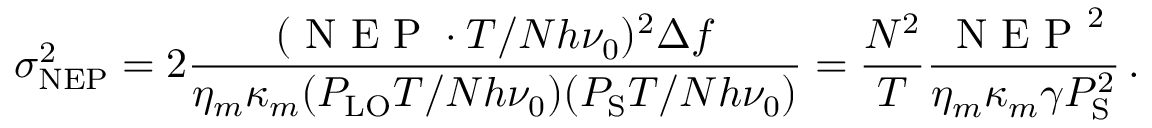
\sigma _ { \mathrm { N E P } } ^ { 2 } = 2 \frac { ( \mathrm { ~ N ~ E ~ P ~ } \cdot T / N h \nu _ { 0 } ) ^ { 2 } \Delta f } { \eta _ { m } \kappa _ { m } ( P _ { \mathrm { L O } } T / N h \nu _ { 0 } ) ( P _ { \mathrm { S } } T / N h \nu _ { 0 } ) } = \frac { N ^ { 2 } } { T } \frac { \mathrm { ~ N ~ E ~ P ~ } ^ { 2 } } { \eta _ { m } \kappa _ { m } \gamma P _ { \mathrm { S } } ^ { 2 } } \, .